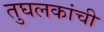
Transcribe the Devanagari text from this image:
तुघलकांची